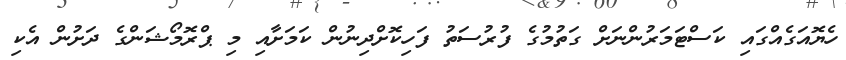
ހެޔޮއަގެއްގައި ކަސްޓަމަރުންނަށް ގަތުމުގެ ފުރުސަތު ފަހިކޮށްދިނުން ކަމަށާއި މި ޕްރޮމޯޝަންގެ ދަށުން އެކި